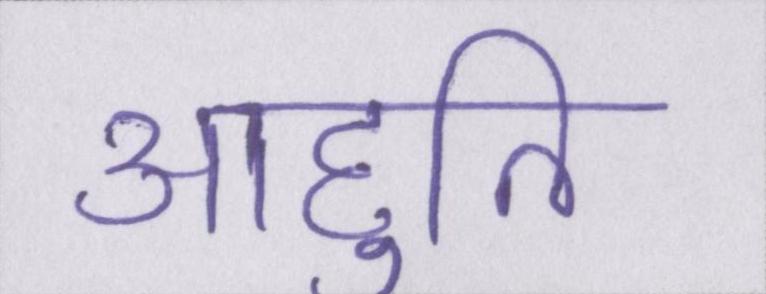
आहुति